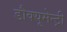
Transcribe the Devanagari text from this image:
डौक्यूमेन्ट्री